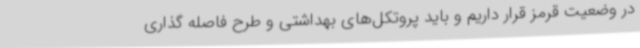
در وضعیت قرمز قرار داریم و باید پروتکل‌های بهداشتی و طرح فاصله گذاری